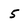
Character: 5